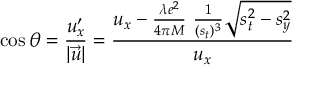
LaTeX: \cos \theta = \frac { u _ { x } ^ { \prime } } { | \vec { u } | } = \frac { u _ { x } - \frac { \lambda e ^ { 2 } } { 4 \pi M } \ \frac { 1 } { ( s _ { t } ) ^ { 3 } } \sqrt { s _ { t } ^ { 2 } - s _ { y } ^ { 2 } } } { u _ { x } }